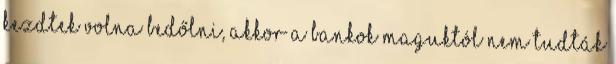
kezdtek volna bedőlni, akkor a bankok maguktól nem tudták